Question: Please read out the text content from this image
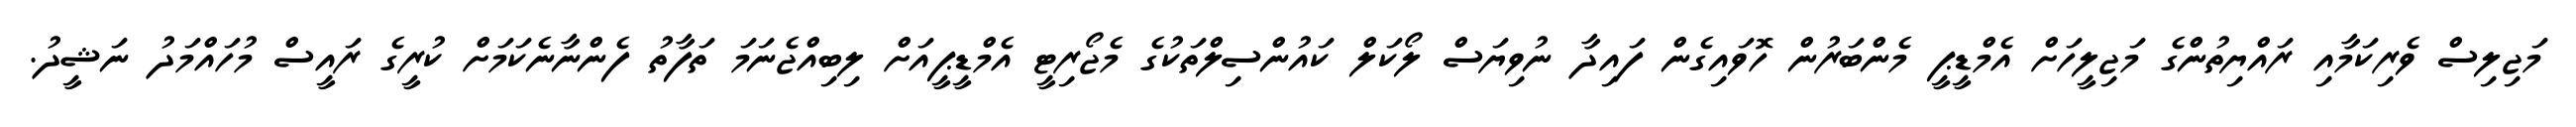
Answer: މަޖިލިސް ވެރިކަމާއި ރައްޔިތުންގެ މަޖިލީހަށް އެމްޑީޕީ މެންބަރުން ހޮވައިގެން ފައިދާ ނުވިޔަސް ލޯކަލް ކައުންސިލްތަކުގެ މެޖޯރިޓީ އެމްޑީޕީއަށް ލިބިއްޖެނަމަ ތަފާތު ފެންނާނެކަމަށް ކުރީގެ ރައީސް މުހައްމަދު ނަޝީދު.